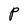
Character: P